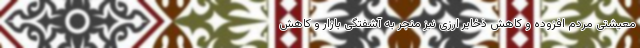
معیشتی مردم افزوده و کاهش ذخایر ارزی نیز منجر به آشفتگی بازار و کاهش